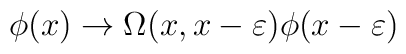
\phi (x)\rightarrow \Omega (x,x-\varepsilon )\phi (x-\varepsilon )